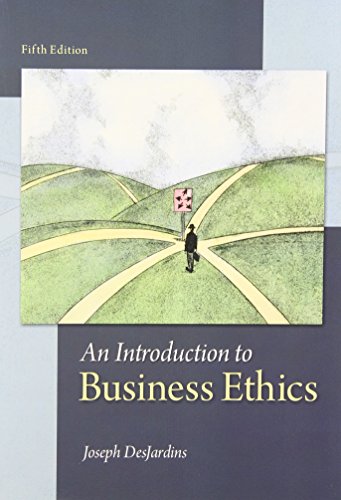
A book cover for An Introduction to Business Ethics; Joseph DesJardins; Business & Money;